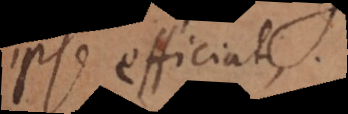
ipse efficiat.